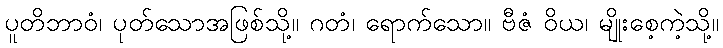
ပူတိဘာဝံ၊ ပုတ်သောအဖြစ်သို့။ ဂတံ၊ ရောက်သော။ ဗီဇံ ဝိယ၊ မျိုးစေ့ကဲ့သို့။